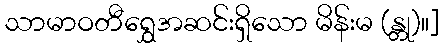
သာမာဝတီရွှေအဆင်းရှိသော မိန်းမ (န္တု)။]